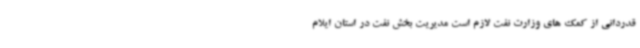
قدردانی از کمک های وزارت نفت لازم است مدیریت بخش نفت در استان ایلام